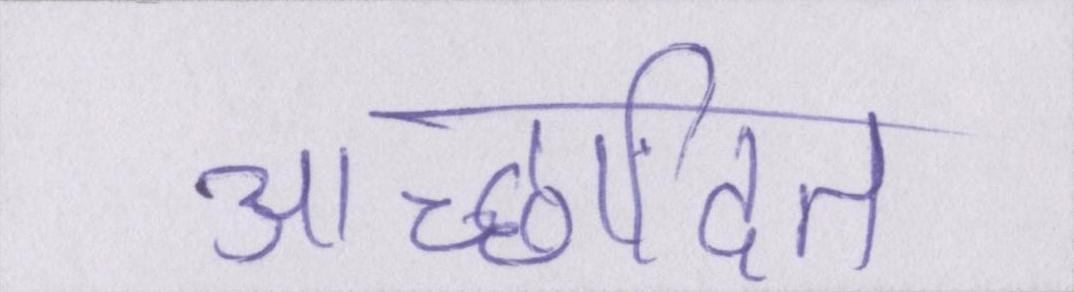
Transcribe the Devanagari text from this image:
आच्छादित